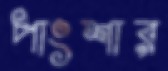
পাংশার